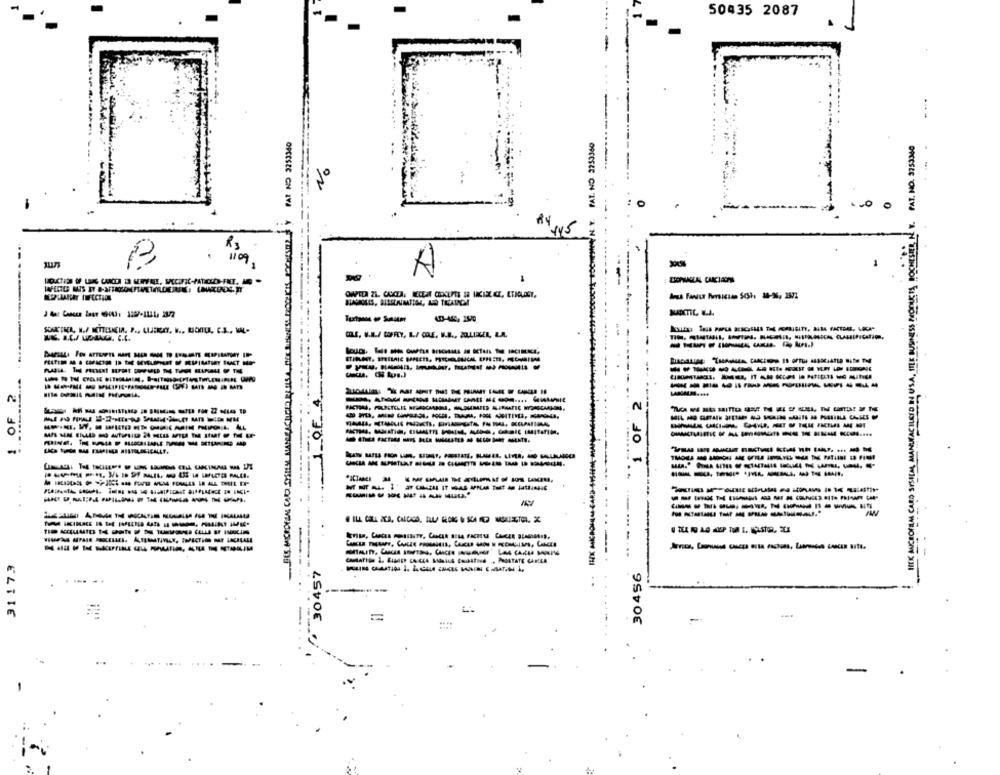
....
-
50435 2087
-
-
PAT NO 3253340
PAT. NO. 3253360
INEK AMICROFILAL CARD SYSIMA, MANUFACILEED IN USA, ITEE BUSINESS MORUCTS BOCHESIER, N. Y. PAT. NO. 3753360
RY
Rs
1
1109
OLE, U.A./ COFFEY, B./ COLE, W.B ., ZOLLIRLER, R.A.
------------
------------
1 OF 2
------------- 4
1 OF 2
----------
-------------
---------
- ----------
------------
---------
---------- -
...
-
-
:
31173
/ 30457
30456